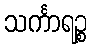
သင်္ကာရဉ္စ